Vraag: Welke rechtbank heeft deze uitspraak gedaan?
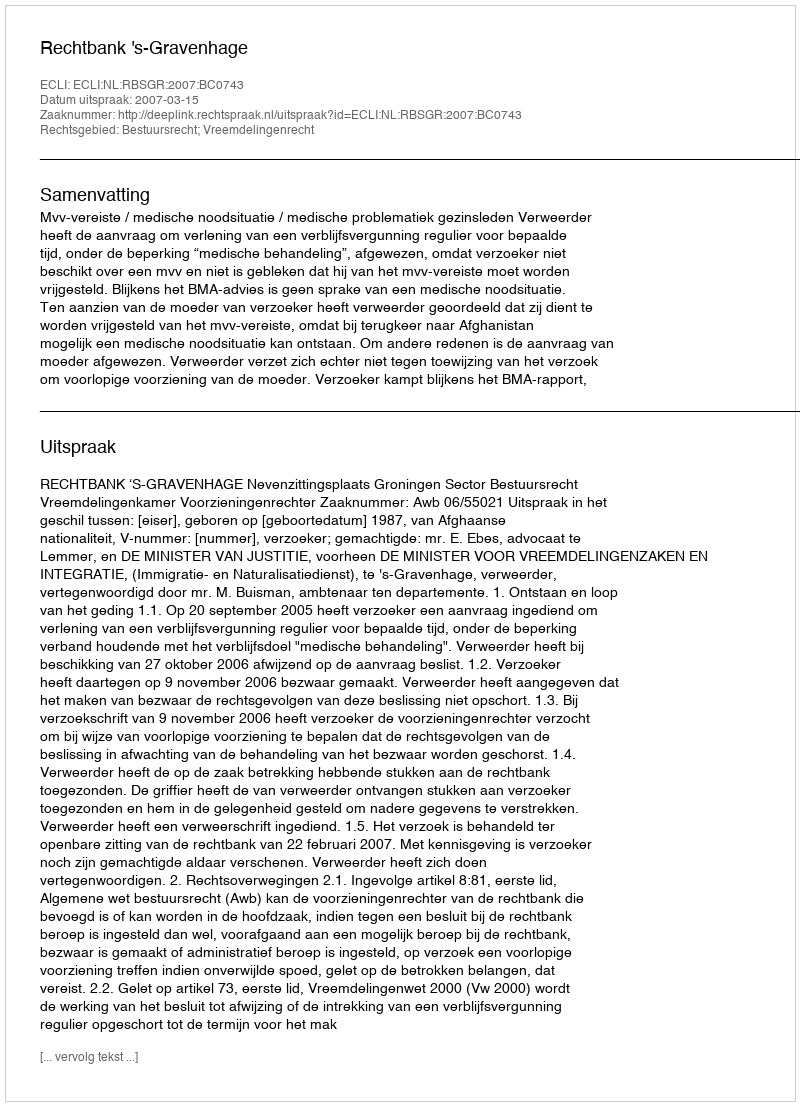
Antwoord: Rechtbank 's-Gravenhage